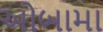
ઓબામા